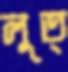
লুত্